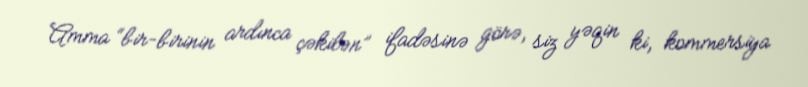
Amma “bir-birinin ardınca çəkilən” ifadəsinə görə, siz yəqin ki, kommersiya